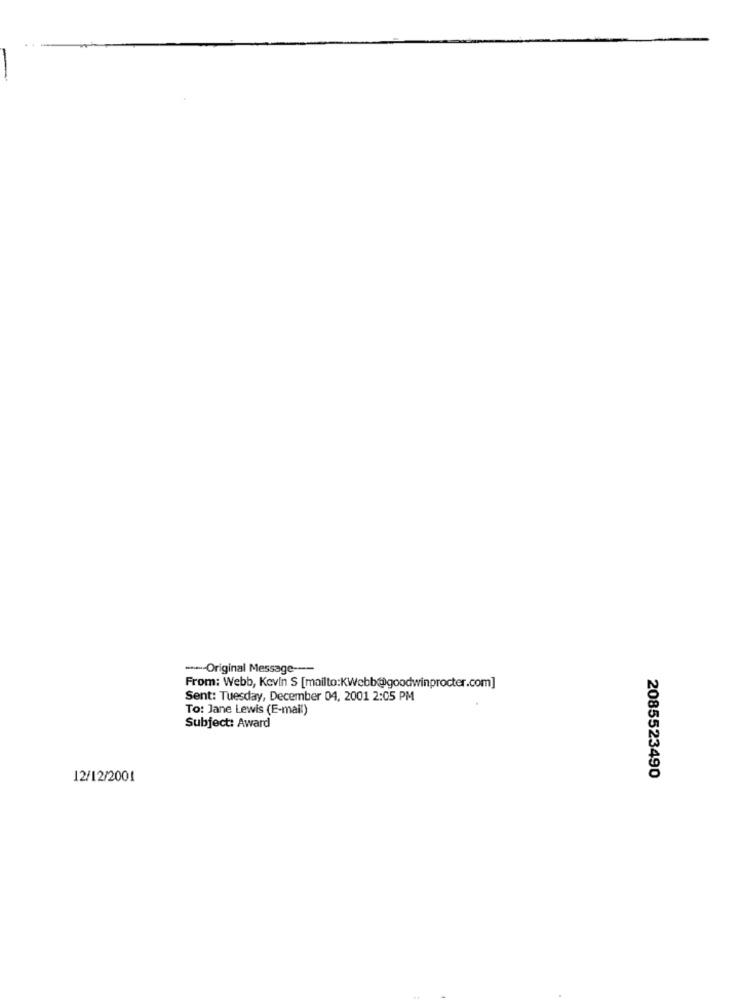
-- Original Message ---
From: Webb, Kevin S [mailto:KWebb@goodwinprocter.com]
Sent: Tuesday, December 04, 2001 2:05 PM
To: Jane Lewis (E-mail)
Subject: Award
12/12/2001
2085523490